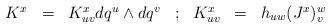
LaTeX: \begin{align*}\begin{array}{ccccccc}K^x& = &K^x_{u v} d q^u \wedge d q^v & ; & K^x_{uv} &=& h_{uw}(J^x)^w_v \cr\end{array}\end{align*}